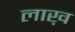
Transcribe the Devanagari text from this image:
लाख़